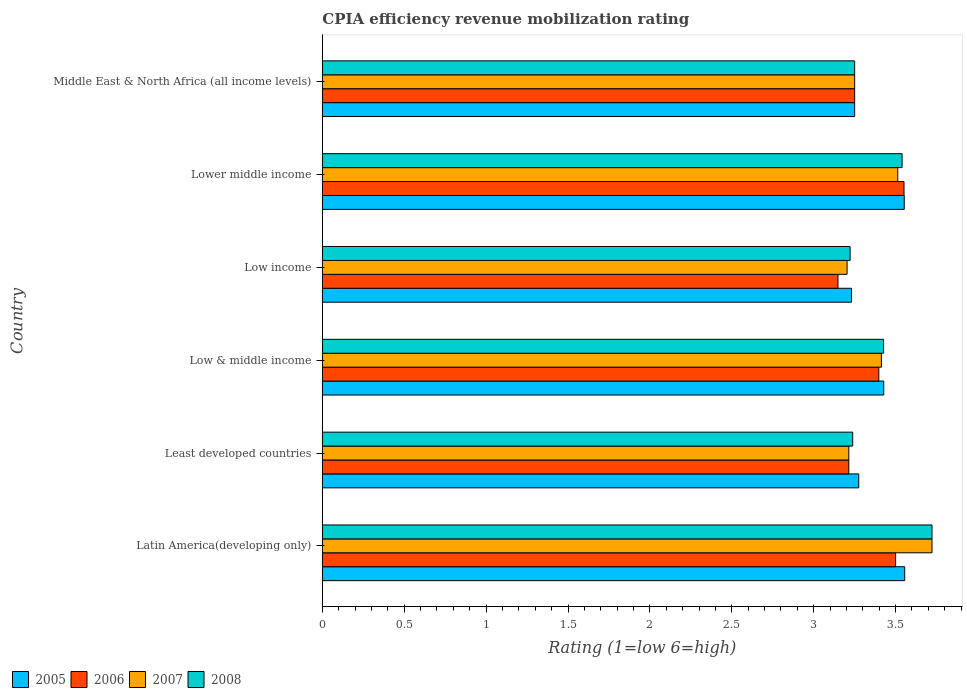
| Country | 2005 | 2006 | 2007 | 2008 |
 | --- | --- | --- | --- | --- |
 | Latin America(developing only) | 3.56 | 3.5 | 3.72 | 3.72 |
 | Least developed countries | 3.27 | 3.21 | 3.21 | 3.24 |
 | Low & middle income | 3.43 | 3.4 | 3.41 | 3.43 |
 | Low income | 3.23 | 3.15 | 3.2 | 3.22 |
 | Lower middle income | 3.55 | 3.55 | 3.51 | 3.54 |
 | Middle East & North Africa (all income levels) | 3.25 | 3.25 | 3.25 | 3.25 |